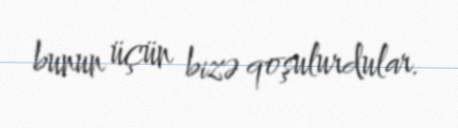
bunun üçün bizə qoşulurdular.